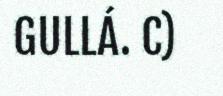
GULLÁ. C)